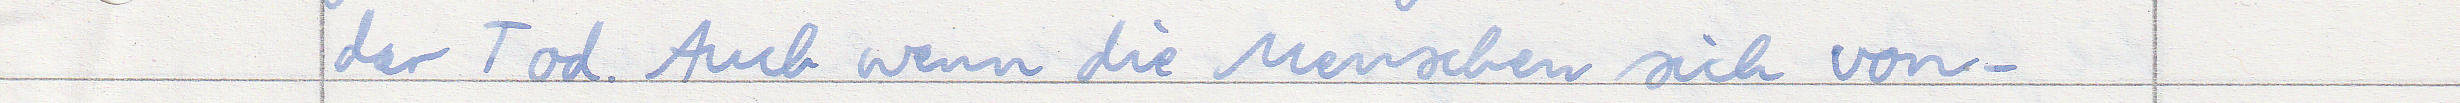
der Tod. Auch wenn die Menschen sich von -